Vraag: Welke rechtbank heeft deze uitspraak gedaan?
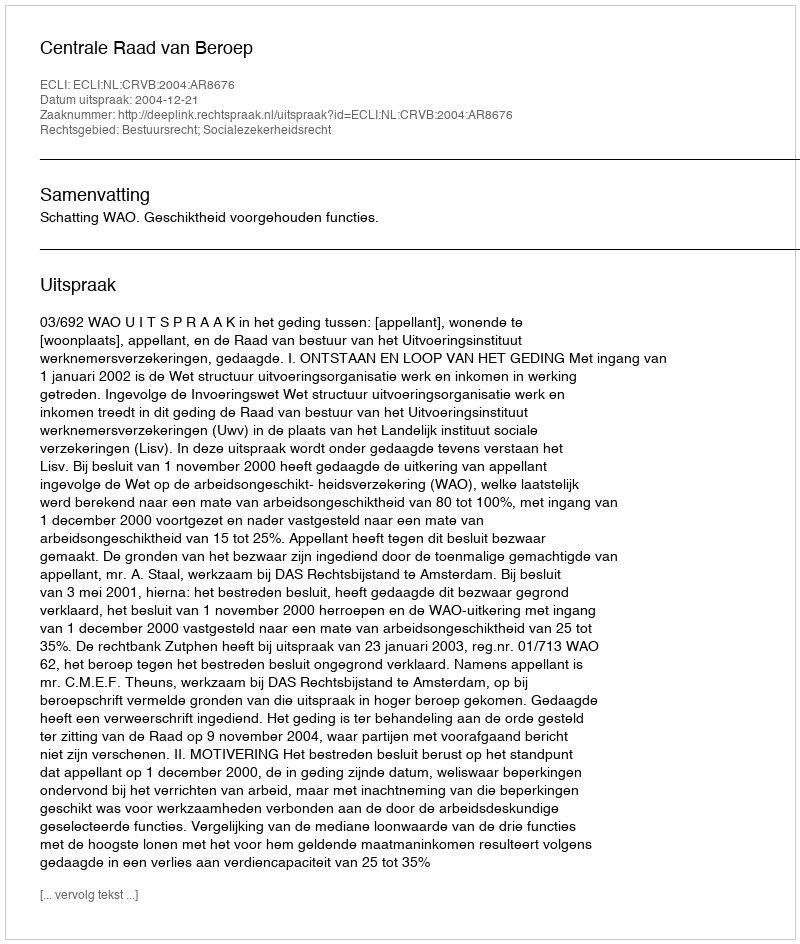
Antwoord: Centrale Raad van Beroep